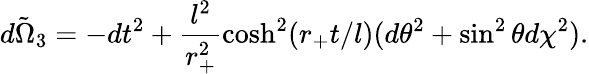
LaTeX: \tilde{d\Omega_{3}}=-dt^{2}+\frac{l^{2}}{r_{+}^{2}}\cosh^{2}(r_{+}t/l)(d\theta^{2}+\sin^{2}\theta d\chi^{2}).